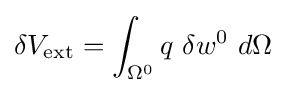
\delta V_{\mathrm {ext} }=\int _{\Omega ^{0}}q~\delta w^{0}~d\Omega